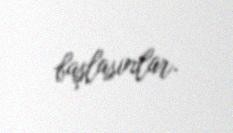
başlasınlar.